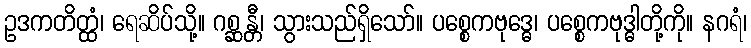
ဥဒကတိတ္ထံ၊ ရေဆိပ်သို့။ ဂစ္ဆန္တီ၊ သွားသည်ရှိသော်။ ပစ္စေကဗုဒ္ဓေ၊ ပစ္စေကဗုဒ္ဓါတို့ကို။ နဂရံ၊